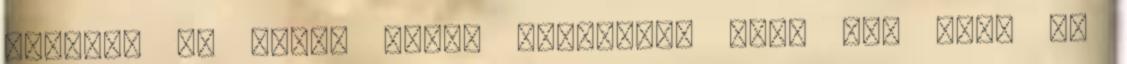
találta ki őket. Mivel Periklész soha nem írta le